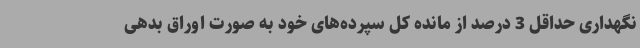
نگهداری حداقل 3 درصد از مانده کل سپرده‌های خود به صورت اوراق بدهی